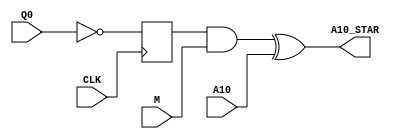
`timescale 1ns / 1ps
//////////////////////////////////////////////////////////////////////////////////
// 
// Design Name: 	 Math Box Control Block #2
// Module Name:    MBControl2 
// Project Name: 	 Vic Vector
// Target Devices: 
// Tool versions: 
// Description: 	Uses a D Flip-Flop and basic logic gates to take signals from 
//						the Math Box ROMs and use them to create control signals for 
//						the Math Box ALUs.
//
// Dependencies: 
//
// Revision: 
// Revision 0.01 - File Created
// Additional Comments: 
//
//////////////////////////////////////////////////////////////////////////////////
module MBControl2(Q0, CLK, M, A10, A10_STAR);
    input Q0;
    input CLK;
    input M;
    input A10;
    output reg A10_STAR;
	 
	 reg temp_CPU8;
	 reg Q_not;

	 // D Flip-Flop
	 always @(posedge CLK) begin
		Q_not <= ~Q0;
		end
	
	// Control logic attached to D Flip-Flop
	always@(*)
	begin
		temp_CPU8 = (Q_not & M);
		A10_STAR = (temp_CPU8 ^ A10);
		end
	

endmodule